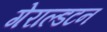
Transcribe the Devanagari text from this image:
गेराल्डटन